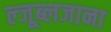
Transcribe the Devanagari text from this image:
ल्जूब्लजाना